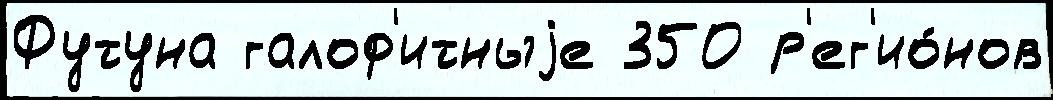
Футуна галоф'итныjе 350 р'ег'ио́нов